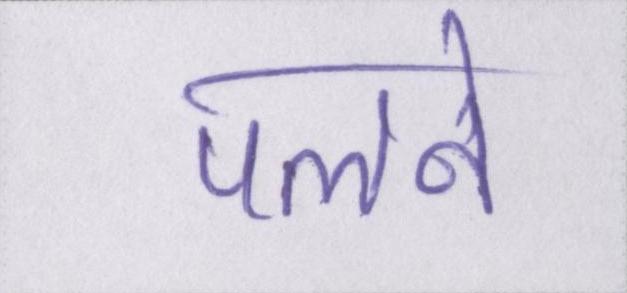
पलने